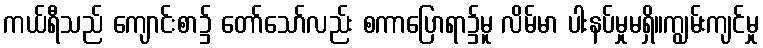
ကယ်ရီသည် ကျောင်းစာ၌ တော်သော်လည်း စကာပြောရာ၌မူ လိမ်မာ ပါးနပ်မှုမရှိ။ကျွမ်းကျင်မှု